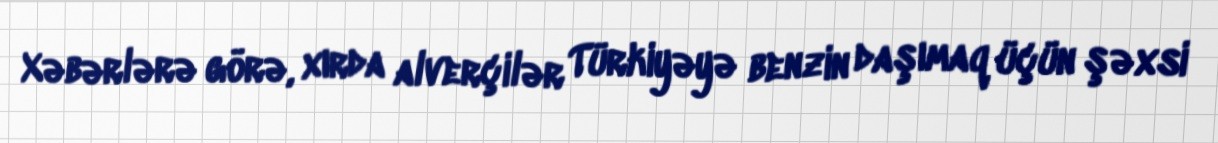
Xəbərlərə görə, xırda alverçilər Türkiyəyə benzin daşımaq üçün şəxsi